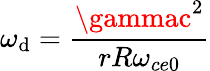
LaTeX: \omega_{\mathrm{d}}=\frac{{\gammac^{2}}}{{rR\omega_{ce0}}}